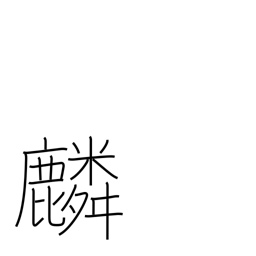
Meaning: giraffe